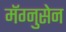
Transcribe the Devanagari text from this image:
मॅग्नुसेन